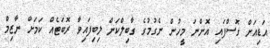
އަޑިއަށް ގޮސްފައި އޮންނަ މީހުން ނެގުމުގެ ގާބިލްކަން ލިބިފައިވާ ރޮބަޓެއް ކަމަށް ނާޒިމް